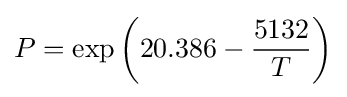
P=\exp \left(20.386-{\frac {5132}{T}}\right)